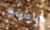
دراكولا